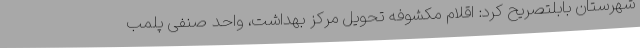
شهرستان بابلتصریح کرد: اقلام مکشوفه تحویل مرکز بهداشت، واحد صنفی پلمب